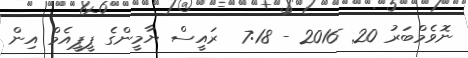
ނޮވެމްބަރު 20